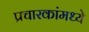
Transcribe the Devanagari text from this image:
प्रचारकांमध्ये